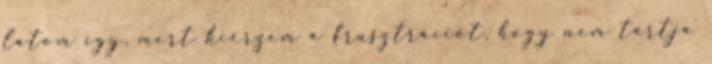
látom így, mert kiérzem a frusztrációt, hogy nem tartja